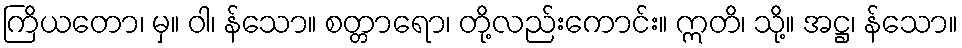
ကြိယတော၊ မှ။ ဝါ၊ န်သော။ စတ္တာရော၊ တို့လည်းကောင်း။ ဣတိ၊ သို့။ အဋ္ဌ၊ န်သော။